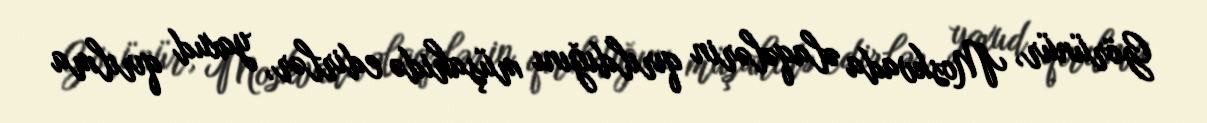
Görünür, Moskvada əlaqələrin qırıldığını müşahidə edirlər, yaxud qırılma